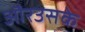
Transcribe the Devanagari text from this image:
औरउसके